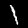
Digit: 1